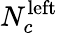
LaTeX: N_{c}^{\mathrm{left}}